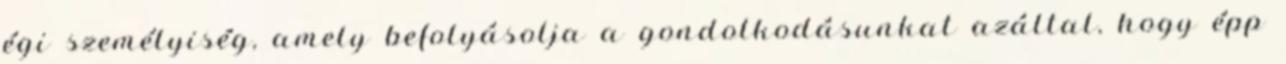
égi személyiség, amely befolyásolja a gondolkodásunkat azáltal, hogy épp